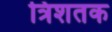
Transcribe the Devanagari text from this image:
त्रिशतक